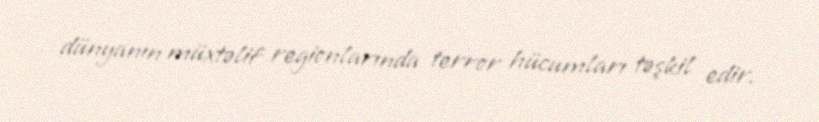
dünyanın müxtəlif regionlarında terror hücumları təşkil edir.